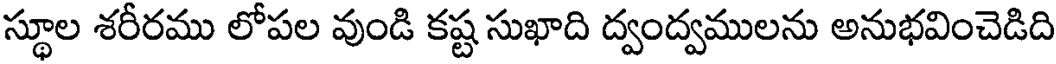
స్థూల శరీరము లోపల వుండి కష్ట సుఖాది ద్వంద్వములను అనుభవించెడిది